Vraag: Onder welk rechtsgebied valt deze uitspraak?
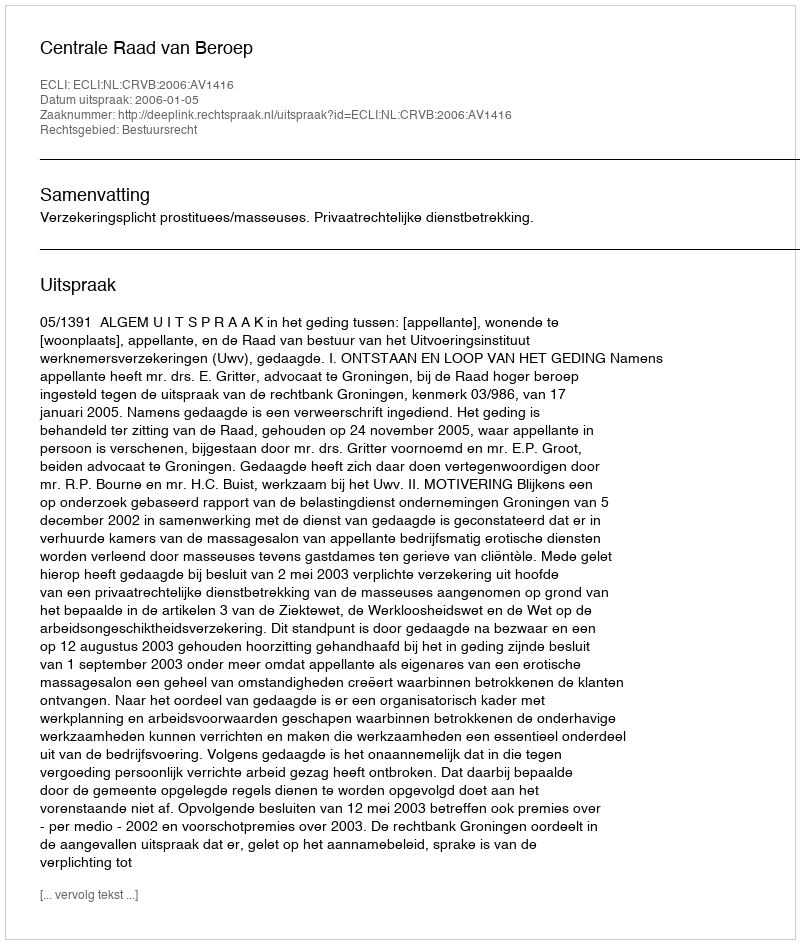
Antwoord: Bestuursrecht